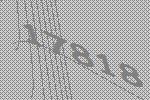
17818